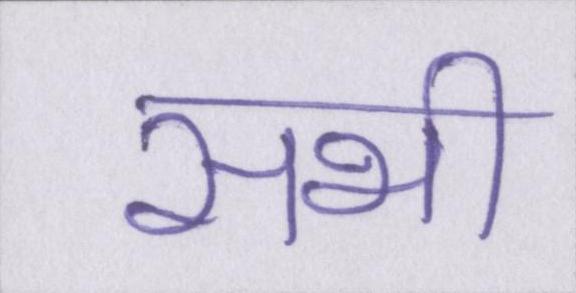
सभी